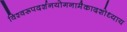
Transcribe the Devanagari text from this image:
विश्वरूपदर्शनयोगनामैकादशोध्याय